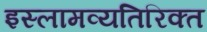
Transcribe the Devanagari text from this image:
इस्लामव्यतिरिक्त